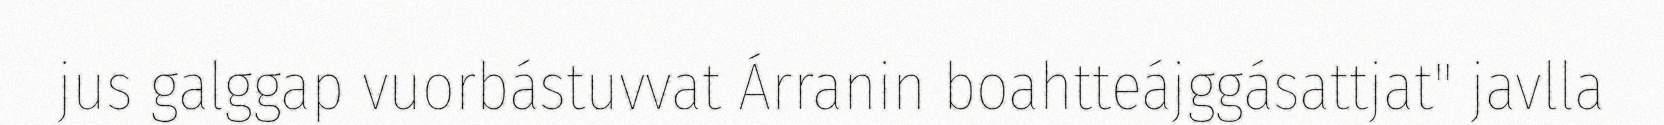
jus galggap vuorbástuvvat Árranin boahtteájggásattjat" javlla